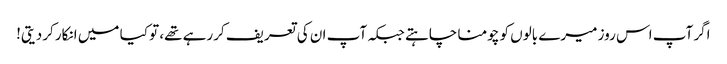
اگر آپ اس روز میرے بالوں کو چومنا چاہتے جبکہ آپ ان کی تعریف کررہے تھے، تو کیا میں انکار کردیتی!